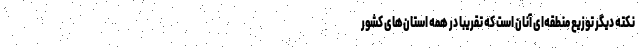
نکته دیگر توزیع منطقه‌ای آنان است که تقریباً در همه استان‌های کشور